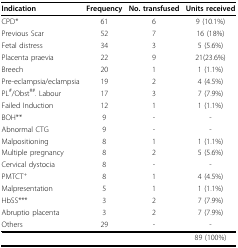
<table><thead><tr><td><b>Indication</b></td><td><b>Frequency</b></td><td><b>No. transfused</b></td><td><b>Units received</b></td></tr></thead><tbody><tr><td>CPD*</td><td>61</td><td>6</td><td>9 (10.1%)</td></tr><tr><td>Previous Scar</td><td>52</td><td>7</td><td>16 (18%)</td></tr><tr><td>Fetal distress</td><td>34</td><td>3</td><td>5 (5.6%)</td></tr><tr><td>Placenta praevia</td><td>22</td><td>9</td><td>21(23.6%)</td></tr><tr><td>Breech</td><td>20</td><td>1</td><td>1 (1.1%)</td></tr><tr><td>Pre-eclampsia/eclampsia</td><td>19</td><td>2</td><td>4 (4.5%)</td></tr><tr><td>PL<sup>#</sup>/Obst<sup>##</sup>. Labour</td><td>17</td><td>3</td><td>7 (7.9%)</td></tr><tr><td>Failed Induction</td><td>12</td><td>1</td><td>1 (1.1%)</td></tr><tr><td>BOH**</td><td>9</td><td>-</td><td>-</td></tr><tr><td>Abnormal CTG</td><td>9</td><td>-</td><td>-</td></tr><tr><td>Malpositioning</td><td>8</td><td>1</td><td>1 (1.1%)</td></tr><tr><td>Multiple pregnancy</td><td>8</td><td>2</td><td>5 (5.6%)</td></tr><tr><td>Cervical dystocia</td><td>8</td><td>-</td><td>-</td></tr><tr><td>PMTCT<sup>+</sup></td><td>8</td><td>1</td><td>4 (4.5%)</td></tr><tr><td>Malpresentation</td><td>5</td><td>1</td><td>1 (1.1%)</td></tr><tr><td>HbSS***</td><td>3</td><td>2</td><td>7 (7.9%)</td></tr><tr><td>Abruptio placenta</td><td>3</td><td>2</td><td>7 (7.9%)</td></tr><tr><td>Others</td><td>29</td><td>-</td><td>-</td></tr><tr><td></td><td></td><td></td><td>89 (100%)</td></tr></tbody></table>